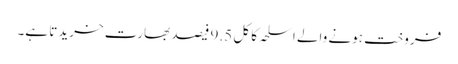
فروخت ہونے والے اسلحہ کا کل 9.5 فیصد بھارت خریدتا ہے۔